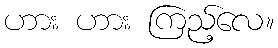
ဟား ဟား ကြည့်လေ။